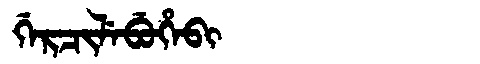
Manchu: ᡤᡝᡵᠴᡳᠯᡝᠪᡠᡥᡝᠪᡳ
Romanization: GERCILEBUHEBI